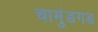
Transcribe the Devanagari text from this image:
चामुंडगड